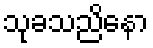
သုခသညိနော